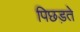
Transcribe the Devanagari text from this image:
पिछड़ते